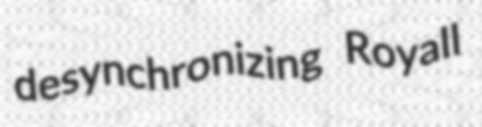
desynchronizing Royall